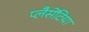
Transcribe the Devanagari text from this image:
प्लैसेंटिया